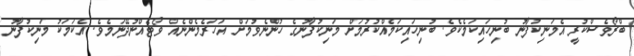
ބްރޯވެސްކުރީ އެމަނިކުފާނު ބުނިހައިކަމެކެވެ. ބުނިހައިކަމެއްކުރުމަށް މަނިކުފާނުގެ ހުންނެވުމަށް އަހަރެމެންނެއް ވޯޓެއްނުދޭނަމެވެ. އެކަމަކު މަނިކުފާނު